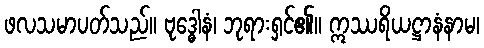
ဖလသမာပတ်သည်။ ဗုဒ္ဓေါနံ၊ ဘုရားရှင်၏။ ဣဿရိယဋ္ဌာနံနာမ၊